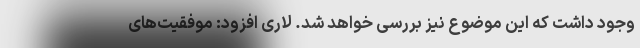
وجود داشت که این موضوع نیز بررسی خواهد شد. لاری افزود: موفقیت‌های